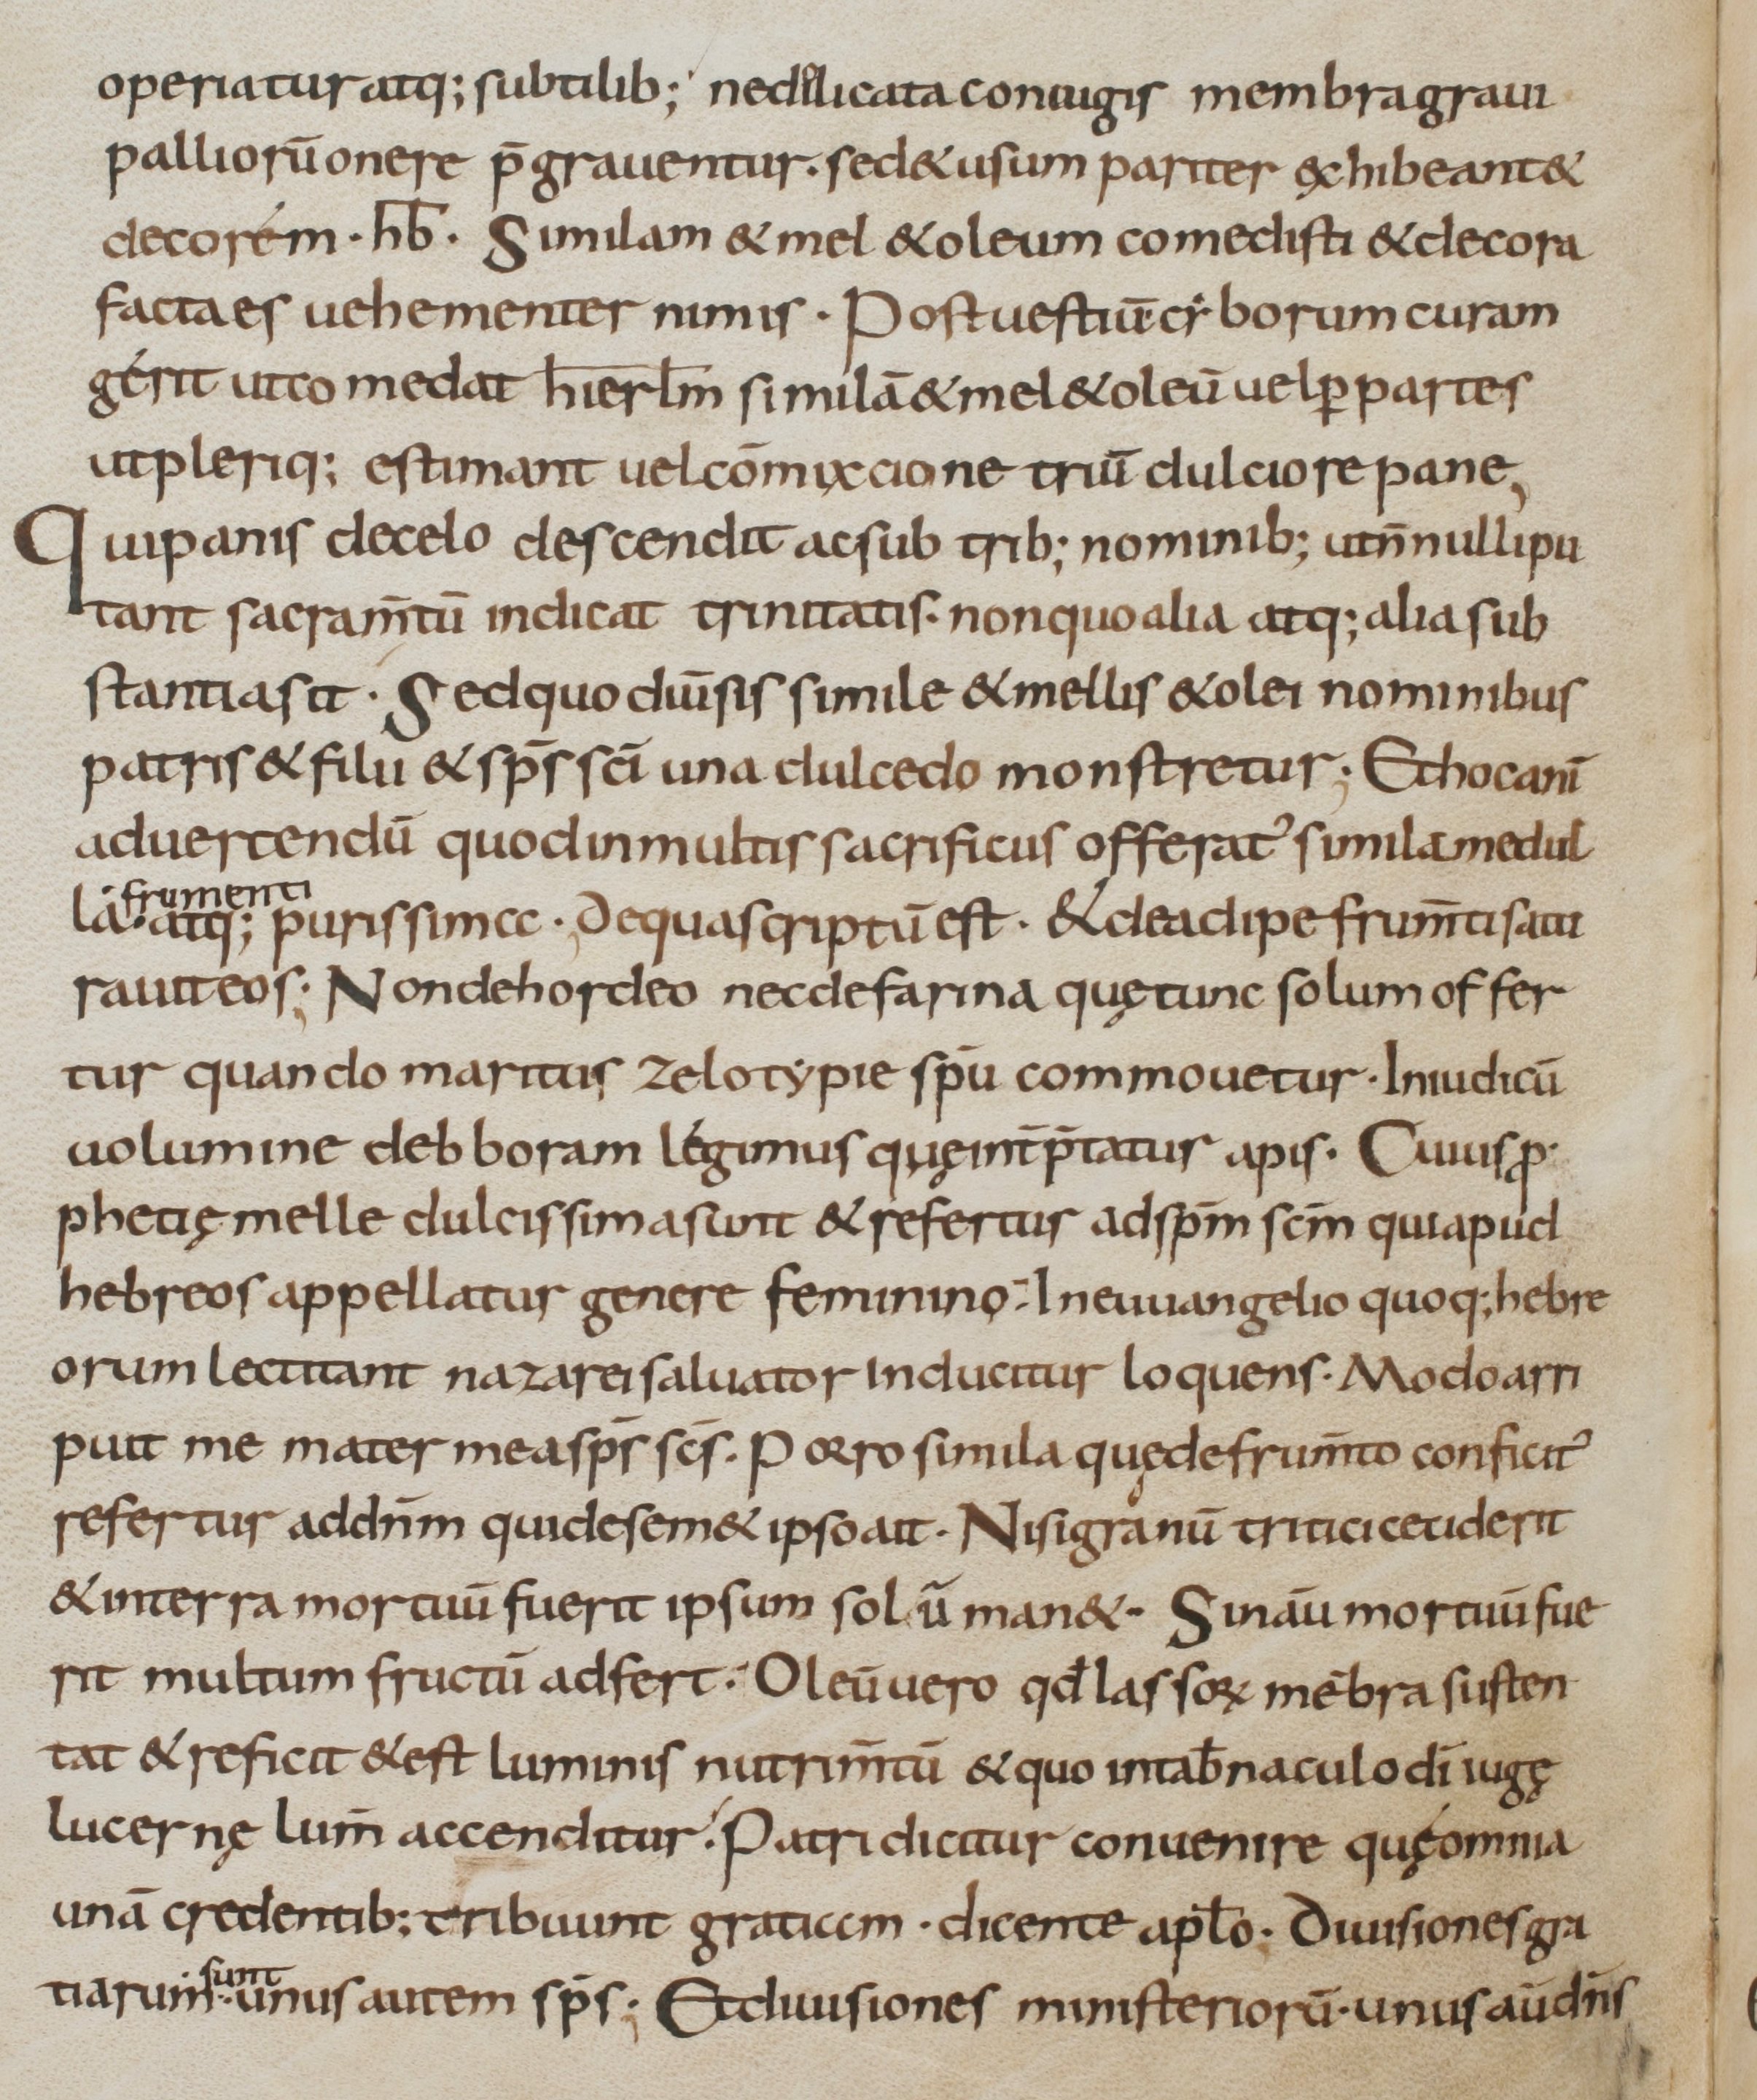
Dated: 800–899